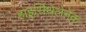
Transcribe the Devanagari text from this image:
हाइसिंथेलेनेक